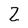
Character: Z